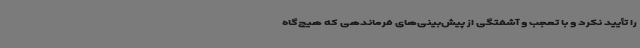
را تأیید نکرد و با تعجب و آشفتگی از پیش‌بینی‌های فرماندهی که هیچ‌گاه